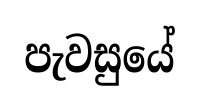
පැවසුයේ